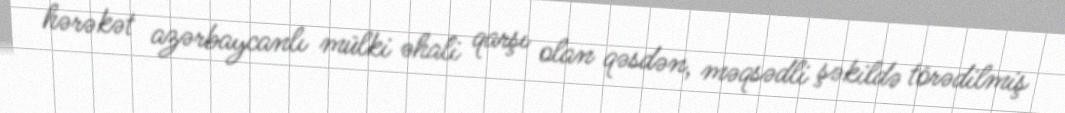
hərəkət azərbaycanlı mülki əhali qarşı olan qəsdən, məqsədli şəkildə törədilmiş